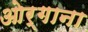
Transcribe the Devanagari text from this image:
ओर्गाना